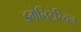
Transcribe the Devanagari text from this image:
इगेलिटेरियन